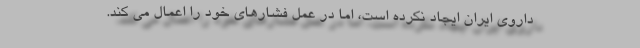
داروی ایران ایجاد نکرده است، اما در عمل فشارهای خود را اعمال می کند.